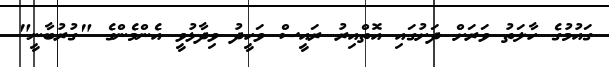
ގައުމުގެ ހާލަތު ވަރަށް ދަށުގައި އޮތްއިރު ރައީސް ވަހީދު ވިދާޅުވީ އެންމެންގެ "ގުރުބާނީ"